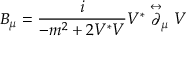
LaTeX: B _ { \mu } = \frac { i } { - m ^ { 2 } + 2 V ^ { * } V } V ^ { * } \stackrel \leftrightarrow \partial _ { \mu } V